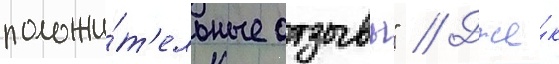
положи́т'ельные отзывы" // Дже́к